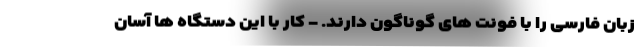
زبان فارسی را با فونت های گوناگون دارند. - کار با این دستگاه ها آسان